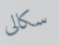
سكالى